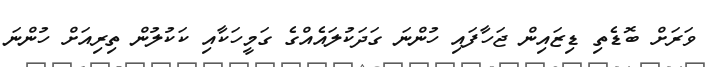
ވަރަށް ބޮޑެތި ޑިޒައިން ޖަހާފައި ހުންނަ ގަދަކުލައެއްގެ ގަމީހަކާއި ކަކުލުން ތިރިއަށް ހުންނަ